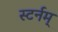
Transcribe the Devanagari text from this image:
स्टर्नम्‌